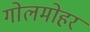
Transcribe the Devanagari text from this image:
गोलमोहर